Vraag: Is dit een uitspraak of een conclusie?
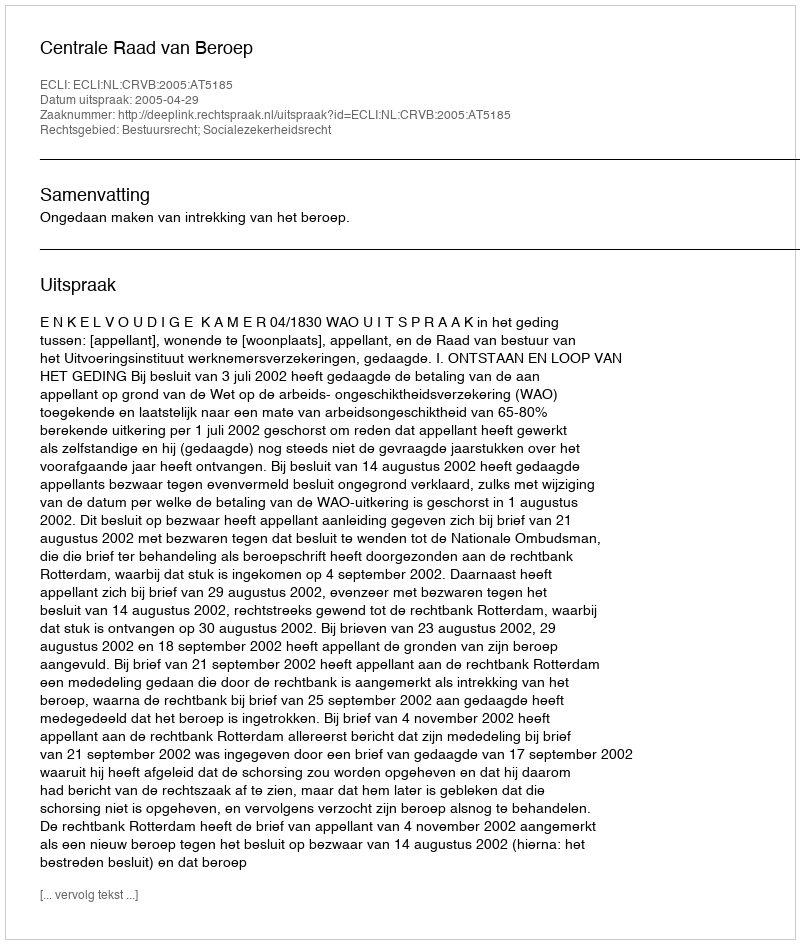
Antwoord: Uitspraak